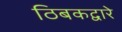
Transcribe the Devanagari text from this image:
ठिबकद्वारे